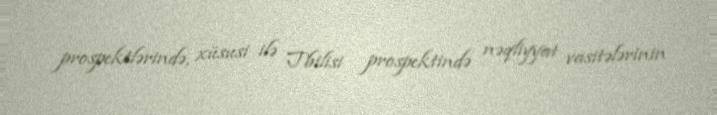
prospektlərində, xüsusi ilə Tbilisi prospektində nəqliyyat vasitələrinin